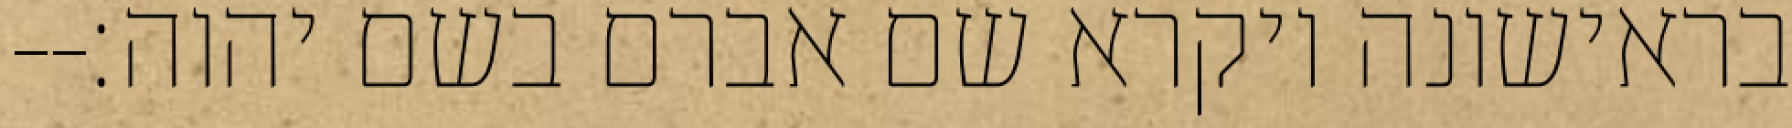
בראישונה ויקרא שם אברם בשם יהוה׃--